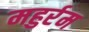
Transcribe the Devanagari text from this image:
महुर्रम